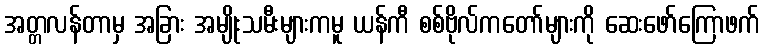
အတ္တလန်တာမှ အခြား အမျိုးသမီးများကမူ ယန်ကီ စစ်ဗိုလ်ကတော်များကို ဆေးဖော်ကြောဖက်